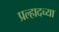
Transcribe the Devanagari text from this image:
प्रल्हादच्या